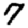
Digit: 7